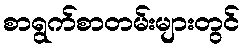
စာရွက်စာတမ်းများတွင်